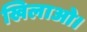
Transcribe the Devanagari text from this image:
खिलाओ।